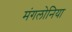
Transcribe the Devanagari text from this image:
मंगलोनिया